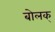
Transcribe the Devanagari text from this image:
बोलक्